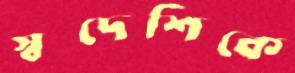
স্বদেশিকে